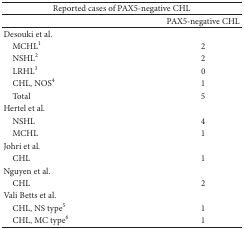
<table><thead><tr><td colspan="2"><b>Reported cases of PAX5-negative CHL</b></td></tr></thead><tbody><tr><td> </td><td>PAX5-negative CHL</td></tr><tr><td>Desouki et al.</td><td> </td></tr><tr><td> MCHL<sup>1</sup></td><td>2</td></tr><tr><td> NSHL<sup>2</sup></td><td>2</td></tr><tr><td> LRHL<sup>3</sup></td><td>0</td></tr><tr><td> CHL, NOS<sup>4</sup></td><td>1</td></tr><tr><td> Total</td><td>5</td></tr><tr><td>Hertel et al.</td><td> </td></tr><tr><td> NSHL</td><td>4</td></tr><tr><td> MCHL</td><td>1</td></tr><tr><td>Johri et al.</td><td> </td></tr><tr><td> CHL</td><td>1</td></tr><tr><td>Nguyen et al.</td><td> </td></tr><tr><td> CHL</td><td>2</td></tr><tr><td>Vali Betts et al.</td><td> </td></tr><tr><td> CHL, NS type<sup>5</sup></td><td>1</td></tr><tr><td> CHL, MC type<sup>6</sup></td><td>1</td></tr></tbody></table>